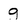
Character: g